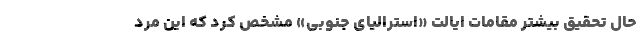
حال تحقیق بیشتر مقامات ایالت «استرالیای جنوبی» مشخص کرد که این مرد